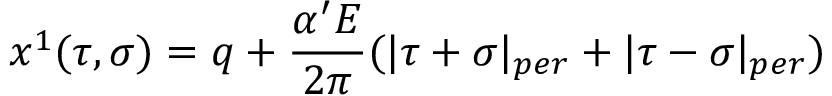
x ^ { 1 } ( \tau , \sigma ) = q + \frac { \alpha ^ { \prime } E } { 2 \pi } ( | \tau + \sigma | _ { p e r } + | \tau - \sigma | _ { p e r } )